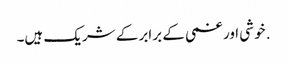
. خوشی اور غمی کے برابر کے شریک ہیں۔